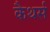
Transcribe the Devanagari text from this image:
कैथर्स